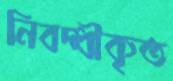
নিবদ্ধীকৃত